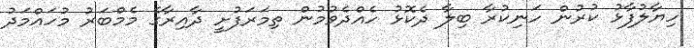
ހިޔާލުފާޅު ކުރުން ހަނިކުރާ ބިލާ ދެކޮޅު ހެއްދެވުމުން ތިމަރަފުށީ ދާއިރާގެ މެމްބަރު މުހައްމަދު